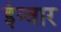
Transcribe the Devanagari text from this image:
इंग्वार